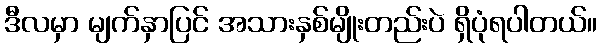
ဒီလမှာ မျက်နှာပြင် အသားနှစ်မျိုးတည်းပဲ ရှိပုံရပါတယ်။